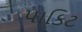
પાકિટ